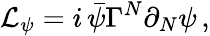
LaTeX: {\cal L}_{\psi}=i\, \bar{\psi}\Gamma^{N}\partial_{N}\psi\, ,